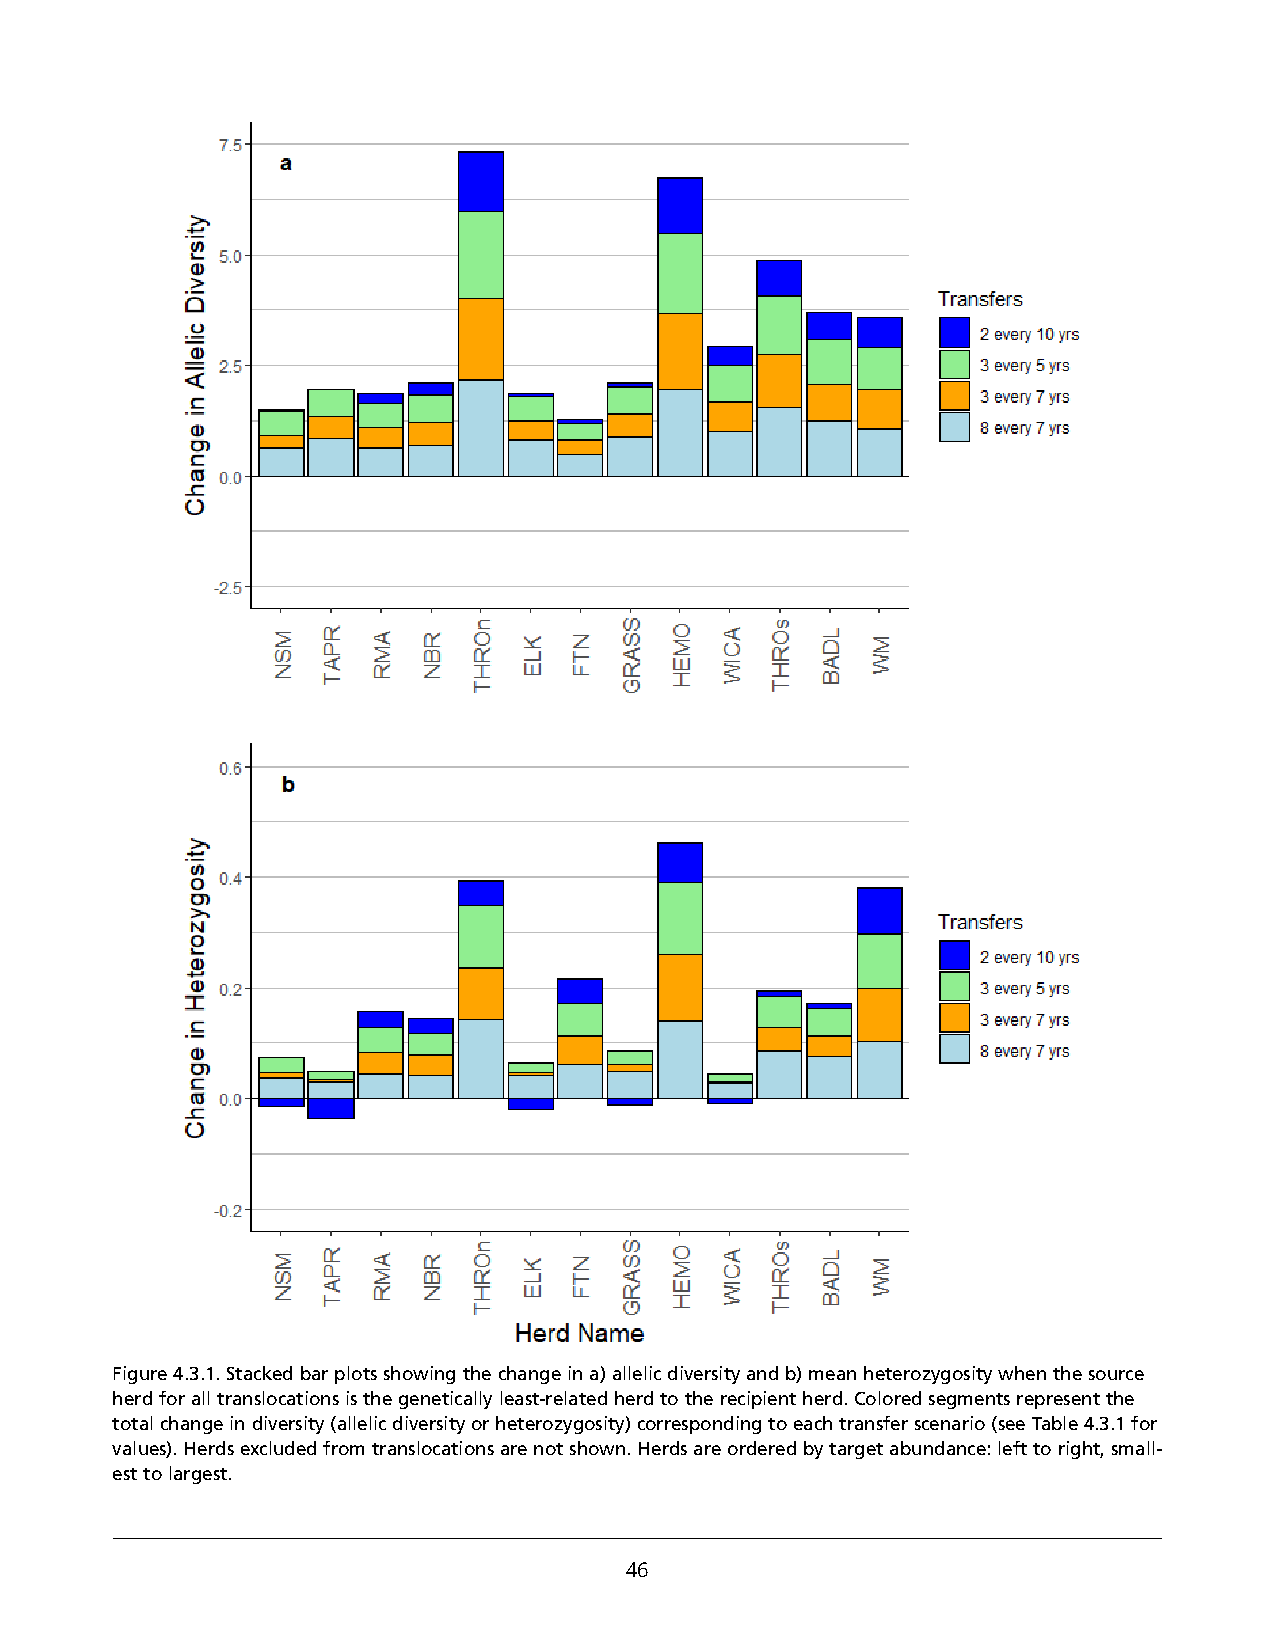
Figure 4.3.1. Stacked bar plots showing the change in a) allelic diversity and b) mean heterozygosity when the source
 herd for all translocations is the genetically least-related herd to the recipient herd. Colored segments represent the
 total change in diversity (allelic diversity or heterozygosity) corresponding to each transfer scenario (see Table 4.3.1 for
 values). Herds excluded from translocations are not shown. Herds are ordered by target abundance: left to right, small-
 est to largest.
 46